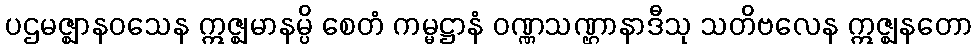
ပဌမဇ္ဈာနဝသေန ဣဇ္ဈမာနမ္ပိ စေတံ ကမ္မဋ္ဌာနံ ဝဏ္ဏသဏ္ဌာနာဒီသု သတိဗလေန ဣဇ္ဈနတော